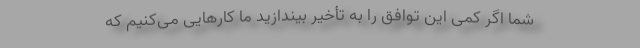
شما اگر کمی این توافق را به تأخیر بیندازید ما کارهایی می‌کنیم که